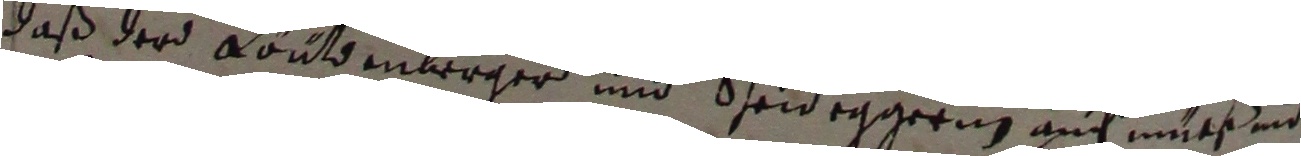
daß der koutomwerger und Scheideggerin auch müts ind